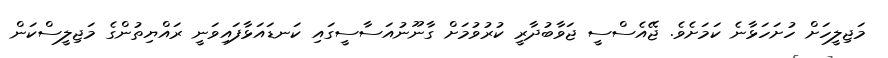
މަޖިލީހަށް ހުށަހަޅާނެ ކަމަށެވެ. ޖޭއެސްސީ ޖަވާބުދާރީ ކުރުވުމަށް ގާނޫނުއަސާސީގައި ކަނޑައަޅާފައިވަނީ ރައްޔިތުންގެ މަޖިލީސްކަން